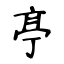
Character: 𠅘